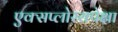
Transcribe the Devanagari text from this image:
एक्सप्लोररापेक्षा